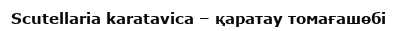
Scutellaria karatavica – қаратау томағашөбі